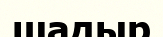
шадыр